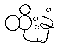
ထိုးနှံ